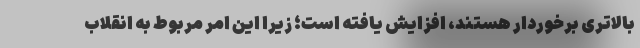
بالاتری برخوردار هستند، افزایش یافته است؛ زیرا این امر مربوط به انقلاب